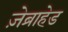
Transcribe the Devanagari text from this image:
ज़ेब्राहेड